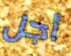
أجل